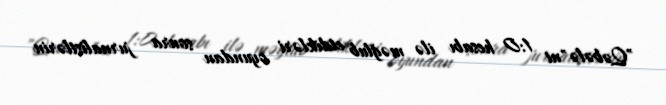
"Qəbələ"ni 1:0 hesabı ilə məğlub etdikləri oyundan sonra jurnalistlərin